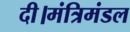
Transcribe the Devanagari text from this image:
दी।मंत्रिमंडल